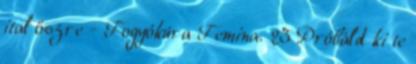
ital őszre - Fogyókúra Femina. 23 Próbáld ki te